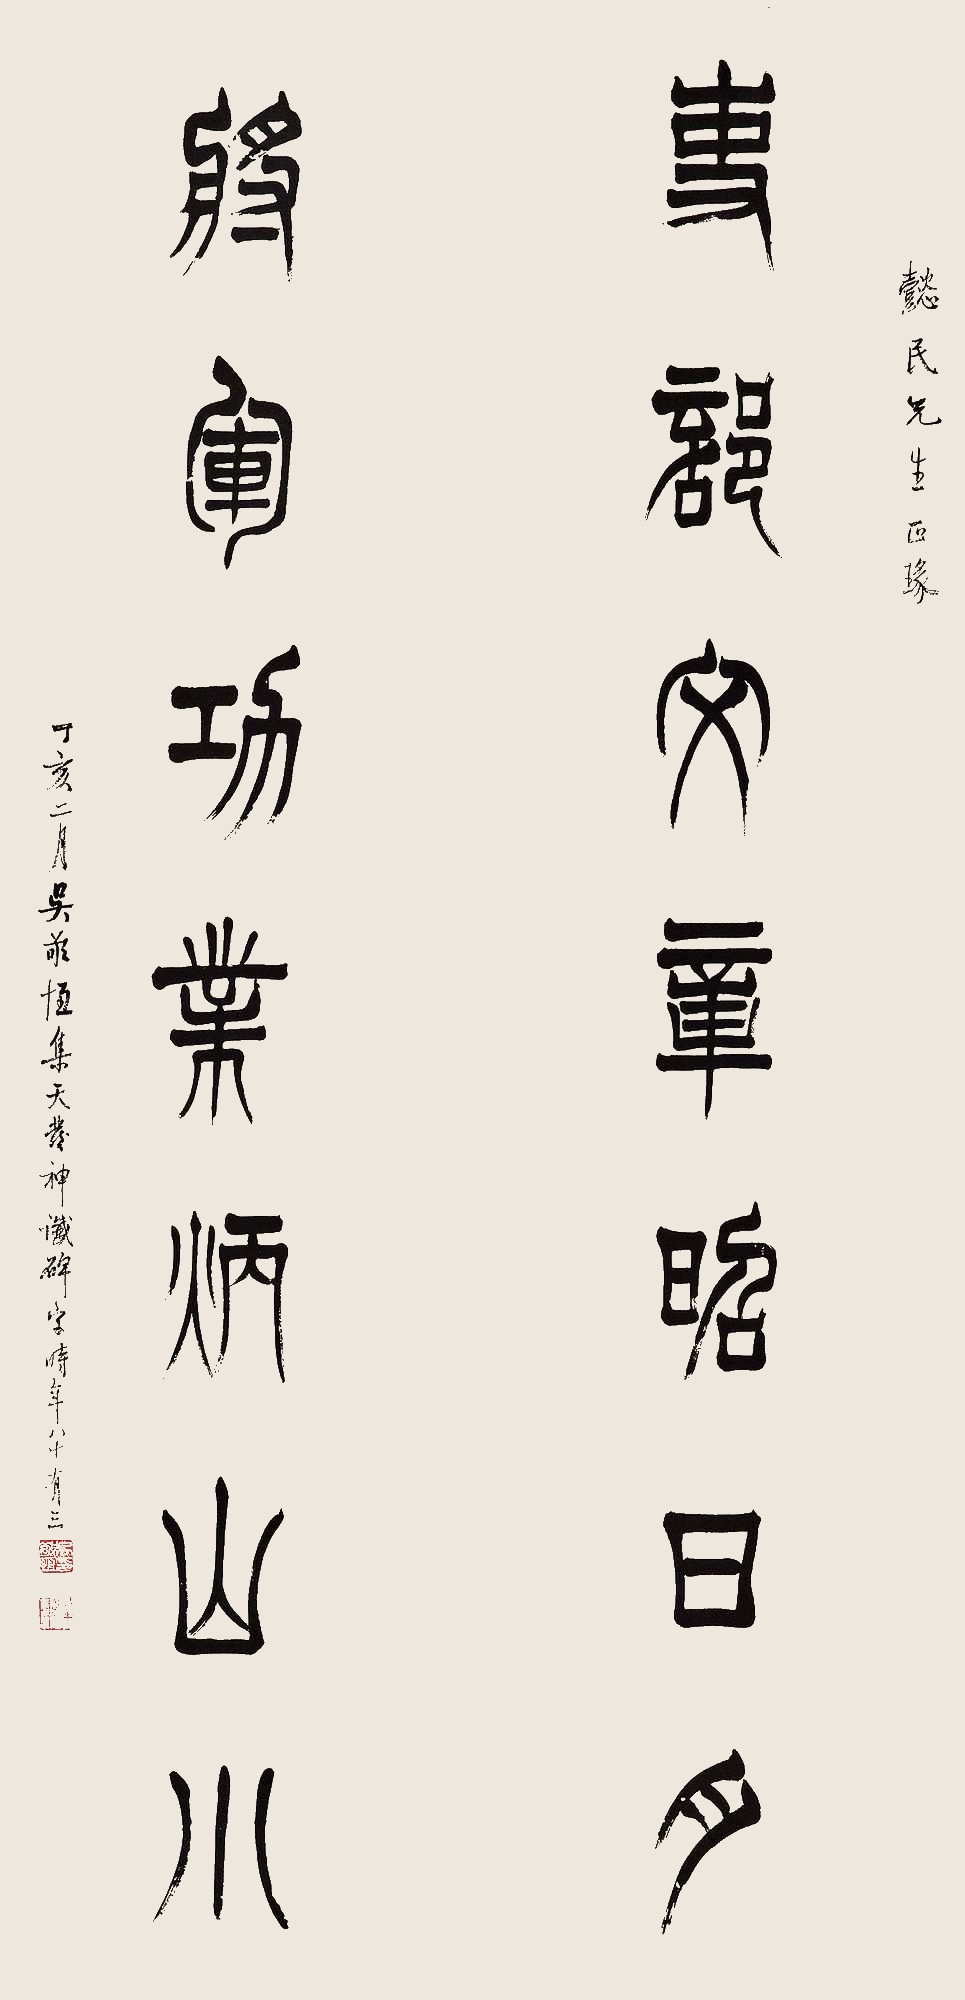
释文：吏部文章昭日月，将军功业炳山川。懿民先生正瑑。丁亥二月，吴敬恒集天发神谶碑字，时年八十有三。